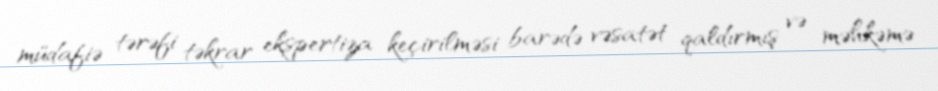
müdafiə tərəfi təkrar ekspertiza keçirilməsi barədə vəsatət qaldırmış və məhkəmə